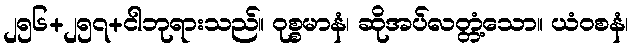
၂၅၆+၂၅၇+ငါဘုရားသည်။ ဝုစ္စမာနံ၊ ဆိုအပ်လတ္တံ့သော။ ယံဝစနံ၊